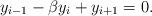
LaTeX: \begin{align*} y_{i-1} - \beta y_i + y_{i+1} = 0. \end{align*}